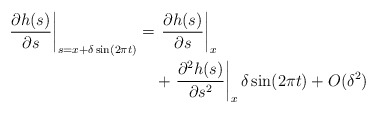
\begin{align*}\begin{aligned}\left .\dfrac{\partial h(s)}{\partial s}\right |_{s=x+\delta \sin (2\pi t)} =&\, \left.\dfrac{\partial h(s)}{\partial s}\right|_x \\&+\left.\dfrac{\partial^2 h(s)}{\partial s^2}\right|_{x} \delta \sin (2\pi t)+ O(\delta^2)\\\end{aligned}\end{align*}